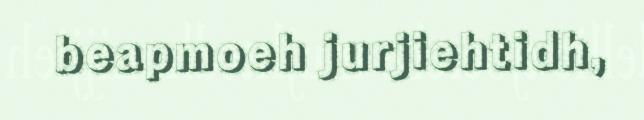
beapmoeh jurjiehtidh,